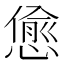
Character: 𢠚